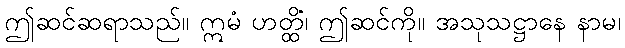
ဤဆင်ဆရာသည်။ ဣမံ ဟတ္ထိံ၊ ဤဆင်ကို။ အသုသဋ္ဌာနေ နာမ၊